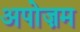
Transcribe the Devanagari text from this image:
अपोज़म